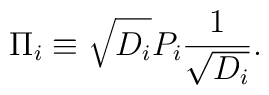
\Pi\sb i \equiv \sqrt{D\sb i} P\sb i {1\over \sqrt{D\sb i}}.